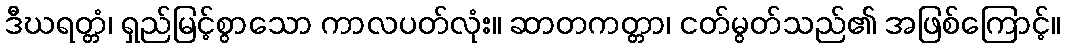
ဒီဃရတ္တံ၊ ရှည်မြင့်စွာသော ကာလပတ်လုံး။ ဆာတကတ္တာ၊ ငတ်မွတ်သည်၏ အဖြစ်ကြောင့်။